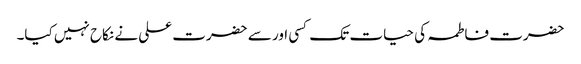
حضرت فاطمہ کی حیات تک کسی اور سے حضرت علی نے نکاح نہیں کیا۔